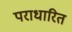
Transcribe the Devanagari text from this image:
पराधारित